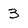
Character: 3